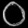
Digit: ၀